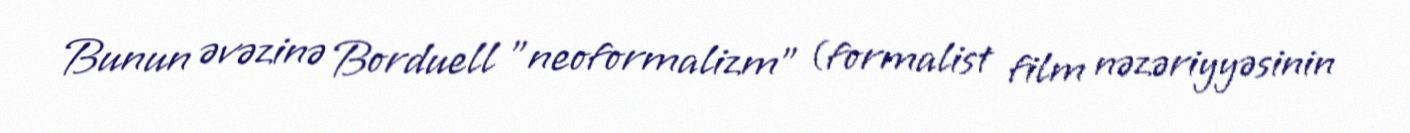
Bunun əvəzinə Borduell "neoformalizm" (formalist film nəzəriyyəsinin